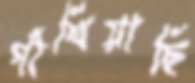
গাঁথিয়াছি